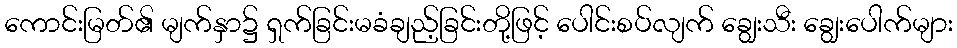
ကောင်းမြတ်၏ မျက်နှာ၌ ရှက်ခြင်းမခံချည့်ခြင်းတို့ဖြင့် ပေါင်းစပ်လျက် ချွေးသီး ချွေးပေါက်များ